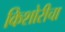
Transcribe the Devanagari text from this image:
किशोरीचा